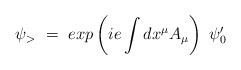
LaTeX: \begin{align*}\psi_>~=~exp\left(ie \int dx^{\mu} A_{\mu} \right )~ \psi'_0\end{align*}